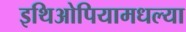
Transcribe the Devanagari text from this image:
इथिओपियामधल्या